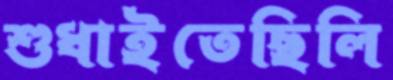
শুধাইতেছিলি